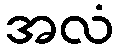
အလံ